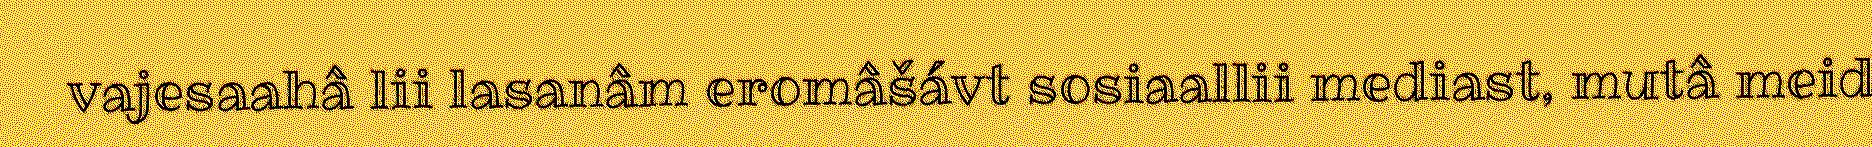
vajesaahâ lii lasanâm eromâšávt sosiaallii mediast, mutâ meid